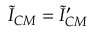
\tilde { I } _ { C M } = \tilde { I } _ { C M } ^ { \prime }